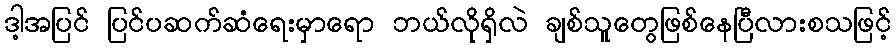
ဒါ့အပြင် ပြင်ပဆက်ဆံရေးမှာရော ဘယ်လိုရှိလဲ ချစ်သူတွေဖြစ်နေပြီလားစသဖြင့်